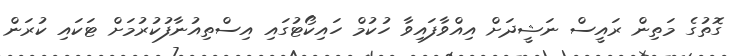
ގޮތުގެ މަތިން ރައީސް ނަޝީދަށް އިއްވާފައިވާ ހުކުމް ހައިކޯޓުގައި އިސްތިއުނާފުކުރުމަށް ޓަކައި ކުރަން